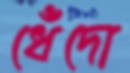
ধেঁদো